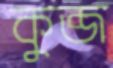
কুব্জ